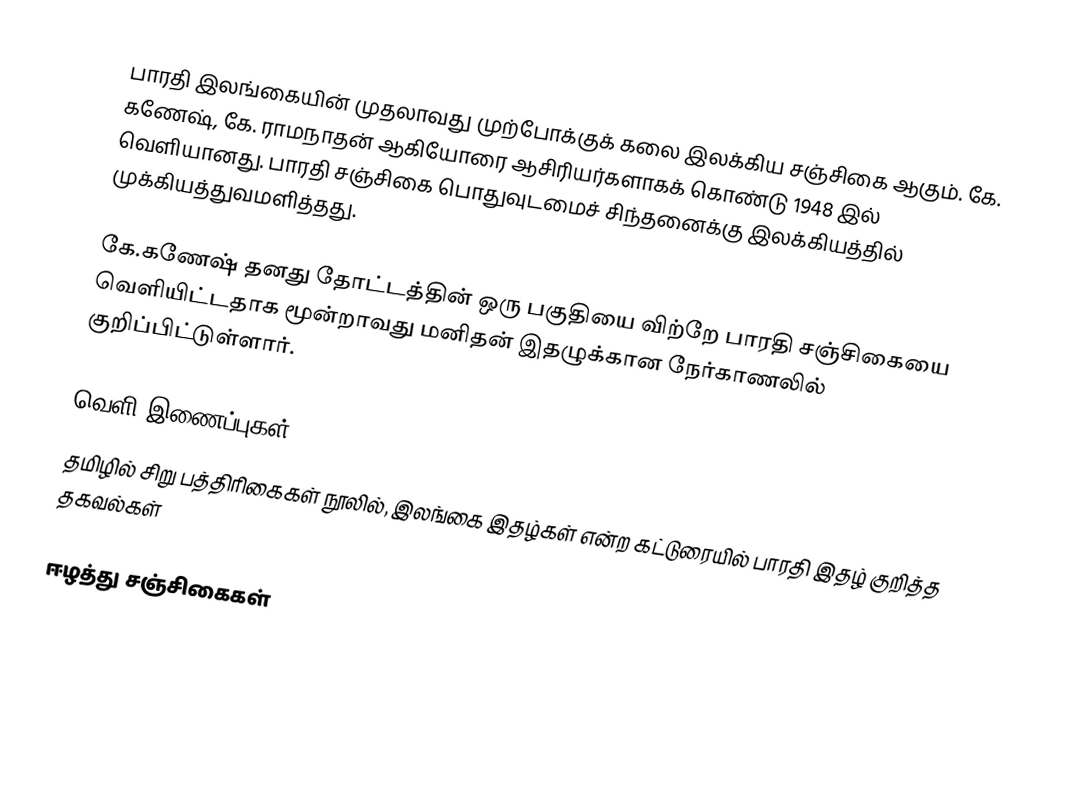
பாரதி இலங்கையின் முதலாவது முற்போக்குக் கலை இலக்கிய சஞ்சிகை ஆகும். கே. கணேஷ், கே. ராமநாதன் ஆகியோரை ஆசிரியர்களாகக் கொண்டு 1948 இல் வெளியானது. பாரதி சஞ்சிகை பொதுவுடமைச் சிந்தனைக்கு இலக்கியத்தில் முக்கியத்துவமளித்தது.

கே.கணேஷ் தனது தோட்டத்தின் ஒரு பகுதியை விற்றே பாரதி சஞ்சிகையை வெளியிட்டதாக மூன்றாவது மனிதன் இதழுக்கான நேர்காணலில் குறிப்பிட்டுள்ளார்.

வெளி இணைப்புகள்
தமிழில் சிறு பத்திரிகைகள் நூலில், இலங்கை இதழ்கள் என்ற கட்டுரையில் பாரதி இதழ் குறித்த தகவல்கள்

ஈழத்து சஞ்சிகைகள்